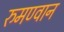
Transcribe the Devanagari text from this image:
रुमण्वान